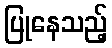
ပြုနေသည့်